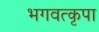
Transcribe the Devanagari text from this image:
भगवत्कृपा